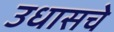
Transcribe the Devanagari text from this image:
उधासचे